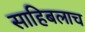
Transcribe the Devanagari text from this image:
साहिबलाच